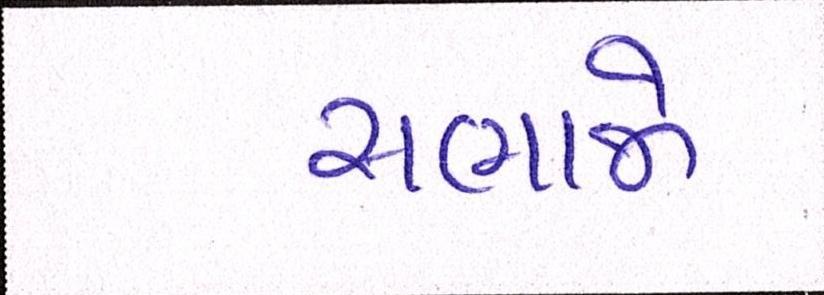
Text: સભાને